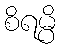
စိရမ္ပိ